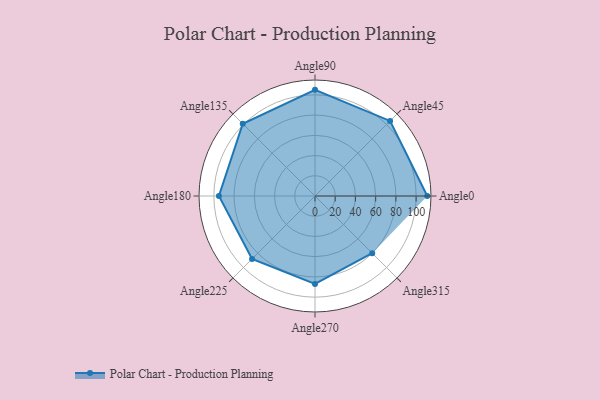
{"axis": {"x": "Angle", "y": "Radius"}, "legend": [""], "data": [{"x": "Angle0", "y": 111.0, "type": ""}, {"x": "Angle45", "y": 105.0, "type": ""}, {"x": "Angle90", "y": 105.0, "type": ""}, {"x": "Angle135", "y": 101.0, "type": ""}, {"x": "Angle180", "y": 95.0, "type": ""}, {"x": "Angle225", "y": 88.0, "type": ""}, {"x": "Angle270", "y": 87.0, "type": ""}, {"x": "Angle315", "y": 80.0, "type": ""}]}